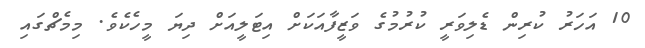
10 އަހަރު ކުރިން ޑެލިވަރީ ކުރުމުގެ ވަޒީފާއަކަށް އިޓަލީއަށް ދިޔަ މީހެކެވެ. މިމެޗްގައި